Vaccine operations Central Provinces & Berar 1922-1929 - 1922-1929
Year: 1922
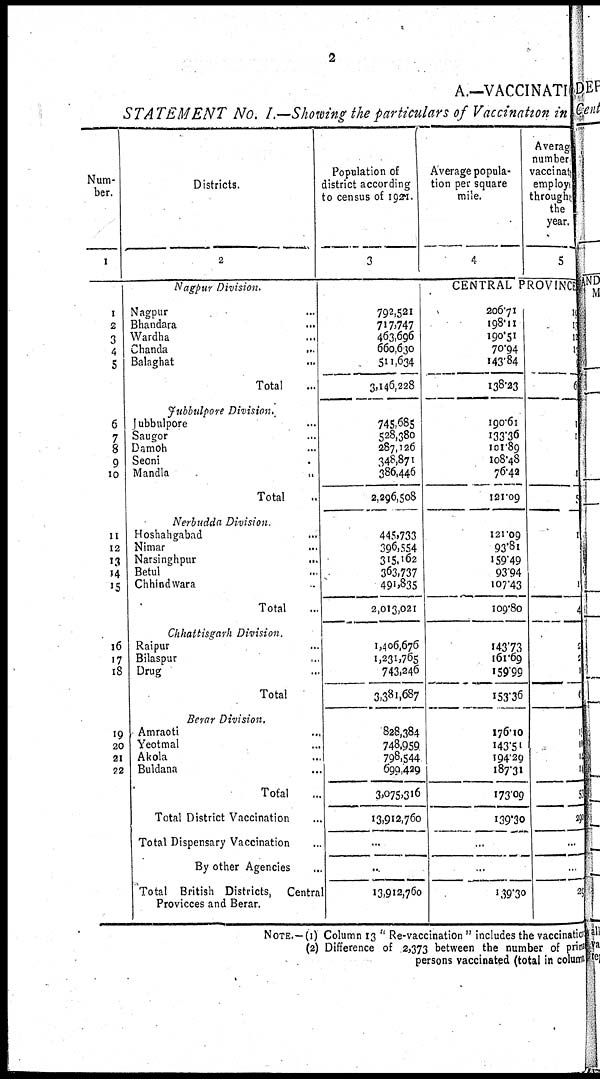
2
A.—VACCINATION
STATEMENT No. I.—Showing the particulars of Vaccination in
Num-
ber.
1
1
2
3
4
5
6
7
8
9
10
11
12
13
14
15
16
17
18
19
20
21
22
Districts.
2
Nagpur Division.
Nagpur ...
Bhandara ...
Wardha ...
Chanda ...
Balaghat ...
Total ...
Jubbulpore Division,
Jubbulpore ...
Saugor ...
Damoh ...
Seoni ...
Mandla
...
Total ...
Nerbudda Division.
Hoshahgabad ...
Nimar ...
Narsinghpur ...
Betul ...
Chhindwara ...
Total ...
Chhattisgarh Division
Raipur ...
Bilaspur ...
Drug ...
Total ...
Berar Division.
Amraoti ...
Yeotmal ...
Akola ...
Buldana ...
Total ...
Total District Vaccination ...
Total Dispensary Vaccination ...
By other Agencies ...
Total British Districts, Central
Provicces and Berar.
Population of
district according
to census of 1921.
3
792,521
717,747
463,696
660,630
511,634
3,146,228
745,685
528,380
287,126
348,871
386,446
2,296,508
445,733
396,554
315,162
363,737
491,835
2,013,021
1,406,676
1,231,765
743,246
3,381,687
828,384
748,959
798,544
699,429
3,075,316
13,912,760
...
...
13,912,760
Average popula-
tion per square
mile.
4
Average
number¬
vaccinated
employee
throughe
the
year.
5
CENTRAL PROVINCE
206.71
198.11
190.51
70.94
143.84
138.23
190.61
133.36
101.89
108.48
76.42
121.09
121.09
93.81
159.49
93.94
107.43
109.80
143.73
161.69
159.99
153.36
176.10
143.51
194.29
187.31
173.09
139.30
...
...
139.30
11
1
1
1
6
1
1
1
5
1
1
4
2
2
1
6
l
1
1
1
5
29
...
...
29
NOTE.—(1) Column 13 " Re-vaccination" includes the vaccination
(2) Difference of 2,373 between the number of primary
persons vaccinated (total in column